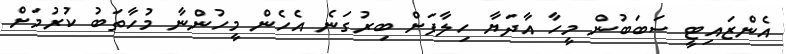
އެންޒައިޓީ ސަބަބުން މީހާ އާދަޔާ ހިލާފަށް ބިރުގަނެ އެހެން މީހުންނާ މުހާތަބު ކުރުމަށް